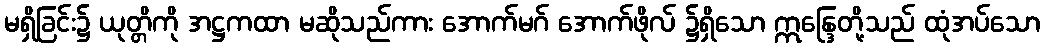
မရှိခြင်း၌ ယုတ္တိကို အဋ္ဌကထာ မဆိုသည်ကား အောက်မဂ် အောက်ဖိုလ် ၌ရှိသော ဣန္ဒြေတို့သည် ထုံအပ်သော